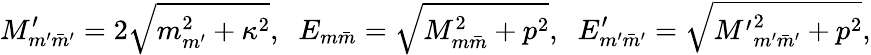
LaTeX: M_{m^{\prime}\bar{m}^{\prime}}^{\prime}=2\sqrt{m_{m^{\prime}}^{2}+\kappa^{2}},\; \; E_{m\bar{m}}=\sqrt{M_{m\bar{m}}^{2}+p^{2}},\; \; E_{m^{\prime}\bar{m}^{\prime}}^{\prime}=\sqrt{{M^{\prime}}_{m^{\prime}\bar{m}^{\prime}}^{2}+{p}^{2}},